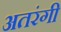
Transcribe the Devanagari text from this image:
अतरंगी